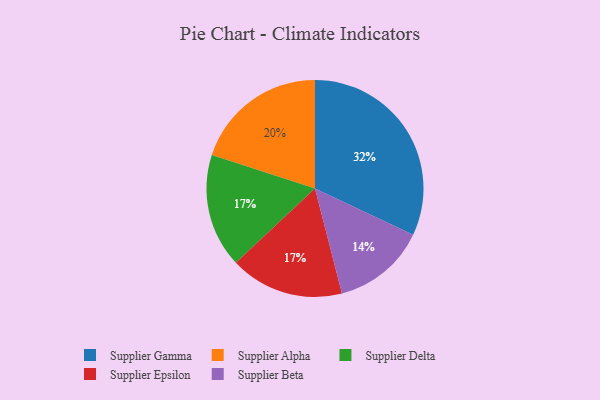
{"axis": {"x": "Category", "y": "Percentage"}, "legend": ["Supplier Alpha", "Supplier Beta", "Supplier Delta", "Supplier Epsilon", "Supplier Gamma"], "data": [{"x": "Supplier Delta", "y": 17, "type": "Supplier Delta"}, {"x": "Supplier Alpha", "y": 20, "type": "Supplier Alpha"}, {"x": "Supplier Beta", "y": 14, "type": "Supplier Beta"}, {"x": "Supplier Epsilon", "y": 17, "type": "Supplier Epsilon"}, {"x": "Supplier Gamma", "y": 32, "type": "Supplier Gamma"}]}